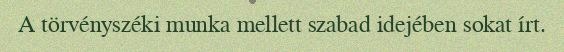
A törvényszéki munka mellett szabad idejében sokat írt.